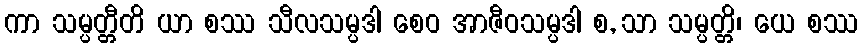
ကာ သမ္ပတ္တီတိ ယာ စဿ သီလသမ္ပဒါ စေဝ အာဇီဝသမ္ပဒါ စ, သာ သမ္ပတ္တိ၊ ယေ စဿ